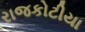
રાજકોટીયા